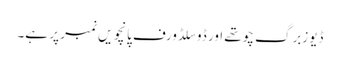
ڈیوزبرگ چوتھے اور ڈوسلڈورف پانچویں نمبر پر ہے۔